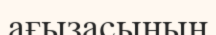
ағызасының